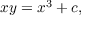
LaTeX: x y = x ^ { 3 } + c ,